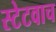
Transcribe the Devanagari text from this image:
स्टेटवाच